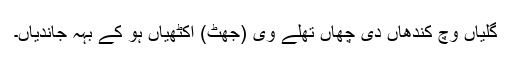
گلیاں وچ کندھاں دی چھاں تھلے وی (جھٹ) اکٹھیاں ہو کے بہہ جاندیاں۔